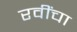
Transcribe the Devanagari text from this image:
रवींचा